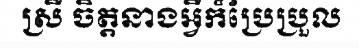
ស្រី ចិត្តនាងអ្វីក៏ប្រែប្រួល